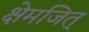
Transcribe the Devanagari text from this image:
क्षेमजित्